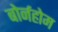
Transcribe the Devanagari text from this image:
बोर्नहोम